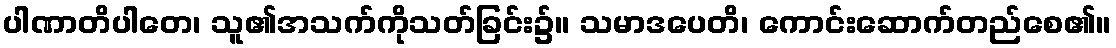
ပါဏာတိပါတေ၊ သူ၏အသက်ကိုသတ်ခြင်း၌။ သမာဒပေတိ၊ ကောင်းဆောက်တည်စေ၏။